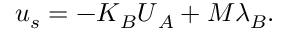
\begin{array} { r } { \boldsymbol { u } _ { s } = - \boldsymbol { K } _ { B } \boldsymbol { U } _ { A } + \boldsymbol { M } \boldsymbol { \lambda } _ { B } . } \end{array}